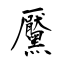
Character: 黶